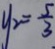
y _ { 2 } = \frac { 5 } { 3 }